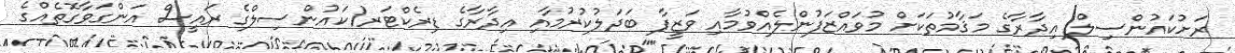
ރަށުކައުންސިލް އިދާރާގެ މަޤާމުތަކަށް މުވައްޒަފުންލެއްވުމާއި ވަޒީފާ ބަދަލުކުރުމާއި އިދާރާގެ ޑިރެކްޓަރ/ކައުންސިލްގެ ރައީސް އަންގަވާގޮތެއްގެ